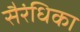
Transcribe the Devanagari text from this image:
सैरंधिका